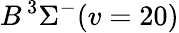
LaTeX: B\, {}^{3}\Sigma^{-}(v=20)